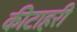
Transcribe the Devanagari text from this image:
कीटाहरी